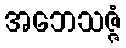
အဘေသဇ္ဇံ